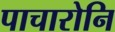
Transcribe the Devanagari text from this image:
पाचारोनि